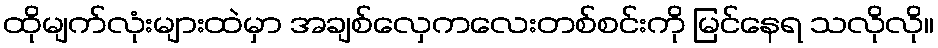
ထိုမျက်လုံးများထဲမှာ အချစ်လှေကလေးတစ်စင်းကို မြင်နေရ သလိုလို။